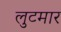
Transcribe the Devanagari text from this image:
लुटमार